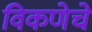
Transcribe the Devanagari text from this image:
विकणेचे